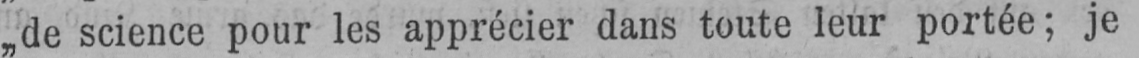
„de science pour les apprécier dans toute leur portée; je